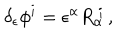
LaTeX: \delta _ { \epsilon } \phi ^ { i } = \epsilon ^ { \alpha } R _ { \alpha } ^ { \ i } \, ,